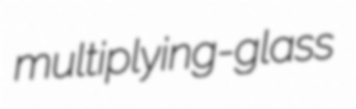
multiplying-glass